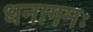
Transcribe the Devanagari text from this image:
धनागमः